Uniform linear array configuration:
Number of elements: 8
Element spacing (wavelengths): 0.25
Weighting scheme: hann
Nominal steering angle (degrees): -45
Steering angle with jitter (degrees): -44.719
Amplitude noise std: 0.05
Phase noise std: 0.05

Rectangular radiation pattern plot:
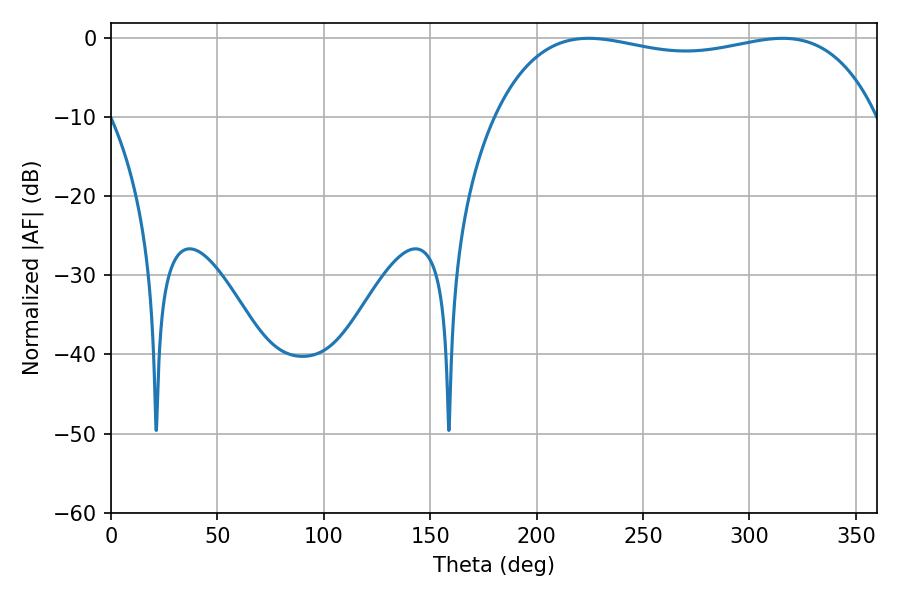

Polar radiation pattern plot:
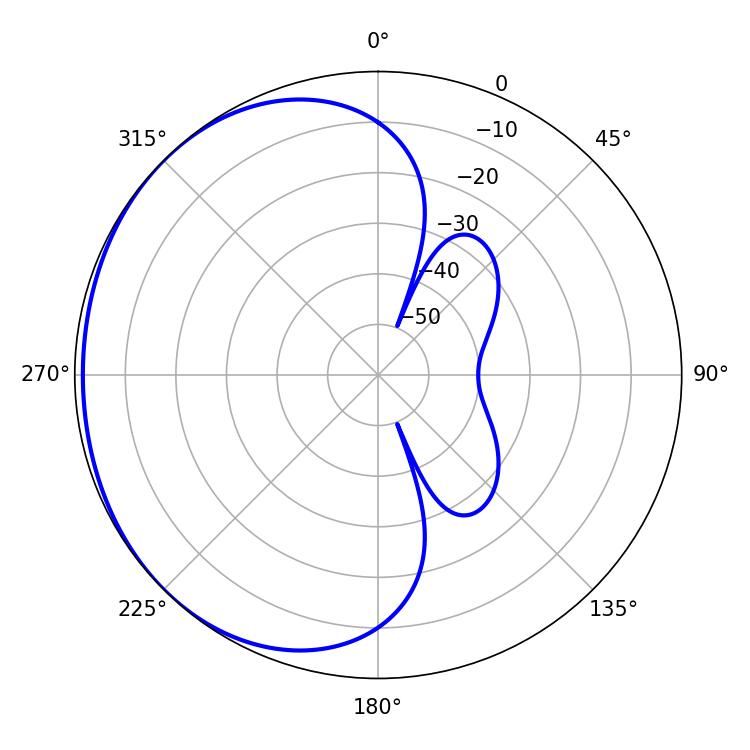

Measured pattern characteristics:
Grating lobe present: FALSE
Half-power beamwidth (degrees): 145.44
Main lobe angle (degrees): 224.46